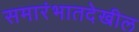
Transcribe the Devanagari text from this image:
समारंभातदेखील